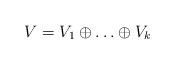
LaTeX: \begin{align*} V = V_1 \oplus \ldots \oplus V_k\end{align*}